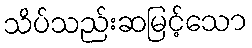
သိပ်သည်းဆမြင့်သော